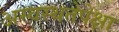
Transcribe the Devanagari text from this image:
अस्वस्थतेपेक्षा